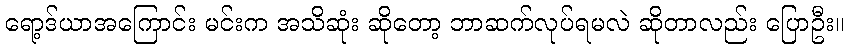
ရော့ဒ်ယာအကြောင်း မင်းက အသိဆုံး ဆိုတော့ ဘာဆက်လုပ်ရမလဲ ဆိုတာလည်း ပြောဦး။